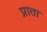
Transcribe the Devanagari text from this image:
प्राता